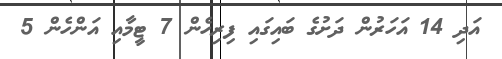
އަދި 14 އަހަރުން ދަށުގެ ބައިގައި ފިރިހެން 7 ޓީމާއި އަންހެން 5